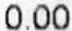
0.00